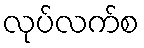
လုပ်လက်စ